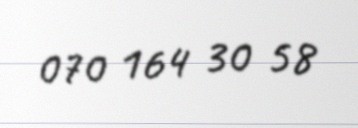
070 164 30 58